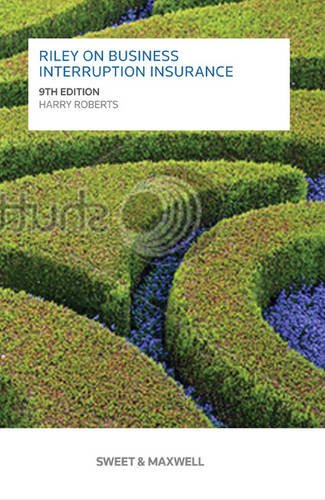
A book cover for Riley on Business Interruption Insurance; David Cloughton; Law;